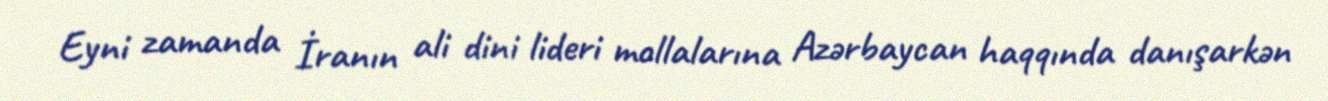
Eyni zamanda İranın ali dini lideri mollalarına Azərbaycan haqqında danışarkən